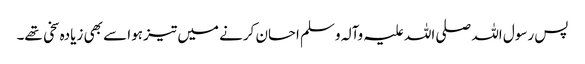
پس رسول اللہ صلی اللہ علیہ وآلہ وسلم احسان کرنے میں تیز ہوا سے بھی زیادہ سخی تھے۔